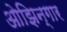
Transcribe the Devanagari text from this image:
ओझिन्गार